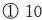
①10